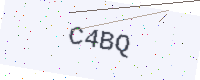
Text: C4BQ